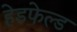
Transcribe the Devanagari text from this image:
हेडफेल्ड